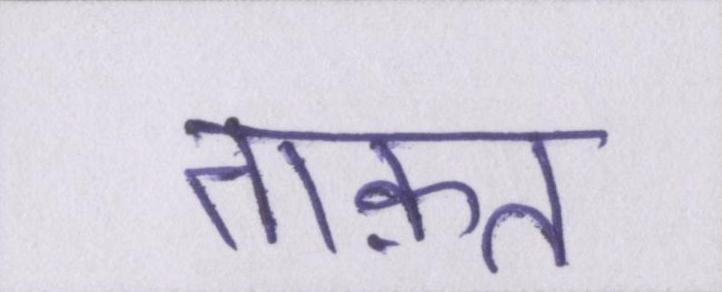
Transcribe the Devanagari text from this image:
ताक़त